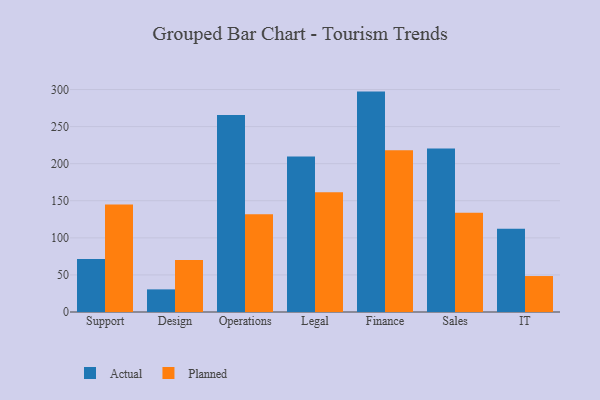
{"axis": {"x": "Department", "y": "Budget (USD K)"}, "legend": ["Actual", "Planned"], "data": [{"x": "Support", "y": 71.5, "type": "Actual"}, {"x": "Support", "y": 145.0, "type": "Planned"}, {"x": "Design", "y": 30.5, "type": "Actual"}, {"x": "Design", "y": 70.1, "type": "Planned"}, {"x": "Operations", "y": 265.7, "type": "Actual"}, {"x": "Operations", "y": 131.9, "type": "Planned"}, {"x": "Legal", "y": 209.8, "type": "Actual"}, {"x": "Legal", "y": 161.6, "type": "Planned"}, {"x": "Finance", "y": 297.2, "type": "Actual"}, {"x": "Finance", "y": 218.2, "type": "Planned"}, {"x": "Sales", "y": 220.4, "type": "Actual"}, {"x": "Sales", "y": 133.7, "type": "Planned"}, {"x": "IT", "y": 112.1, "type": "Actual"}, {"x": "IT", "y": 48.5, "type": "Planned"}]}